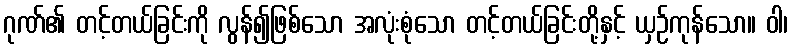
ဂုဏ်၏ တင့်တယ်ခြင်းကို လွန်၍ဖြစ်သော အလုံးစုံသော တင့်တယ်ခြင်းတို့နှင့် ယှဉ်ကုန်သော။ ဝါ၊